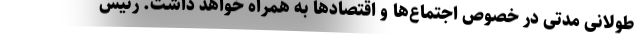
طولانی مدتی در خصوص اجتماع‌ها و اقتصادها به همراه خواهد داشت. رئیس